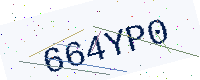
Text: 664YP0